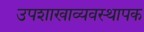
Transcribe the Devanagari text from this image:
उपशाखाव्यवस्थापक